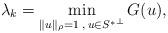
LaTeX: \begin{align*}\lambda_k = \min_{\|u\|_{\rho}=1 \:, \: u \in {S^*}^{\perp}} G(u), \end{align*}